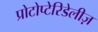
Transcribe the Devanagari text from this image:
प्रोटोप्टेरिडेलीज़